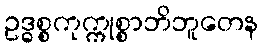
ဥဒ္ဓစ္စကုက္ကုစ္စာဘိဘူတေန